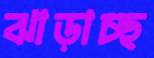
ঝাড়াচ্ছ